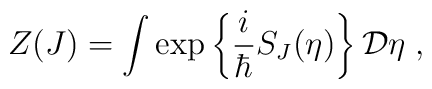
Z(J)=\int\exp\left\{\frac{i}{\hbar}S_J(\eta)\right\}{\bf {\cal D}}\eta\;,